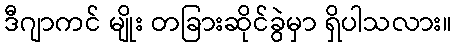
ဒီဂျာကင် မျိုး တခြားဆိုင်ခွဲမှာ ရှိပါသလား။